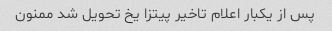
پس از یکبار اعلام تاخیر پیتزا یخ تحویل شد ممنون